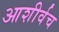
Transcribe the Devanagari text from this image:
आशीर्वच